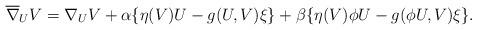
LaTeX: \begin{align*}\overline{\nabla}_{U}V=\nabla_{U}V+\alpha \{\eta (V)U-g(U,V)\xi\}+\beta\{\eta (V)\phi U-g(\phi U,V)\xi\}.\end{align*}